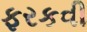
ફરકવી